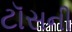
ટૉસની